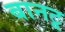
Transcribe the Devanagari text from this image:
बानटू